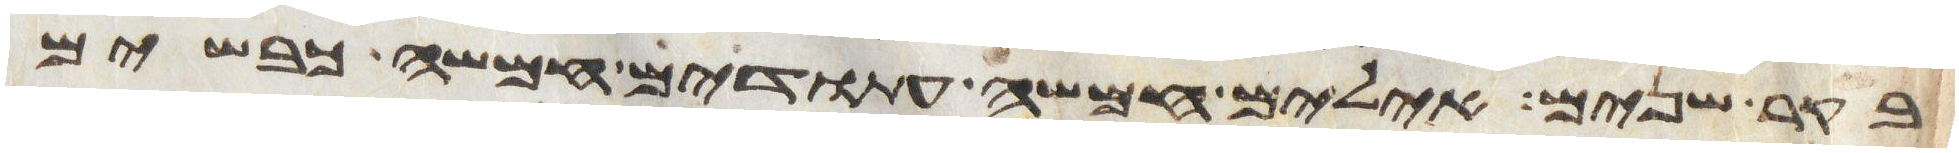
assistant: בקר שנים אילים חמשה עתודים חמשה כבשים